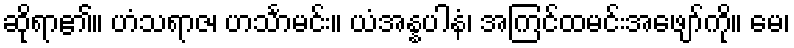
ဆိုရာ၏။ ဟံသရာဇ၊ ဟင်္သာမင်း။ ယံအန္နပါနံ၊ အကြင်ထမင်းအဖျော်ကို။ မေ၊